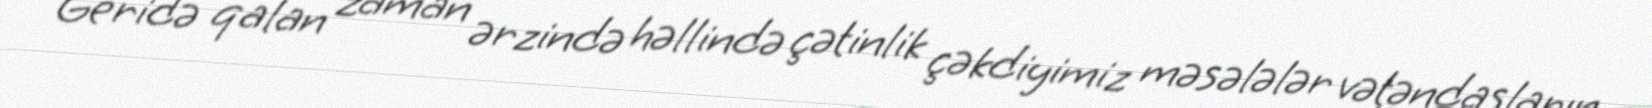
Geridə qalan zaman ərzində həllində çətinlik çəkdiyimiz məsələlər vətəndaşların